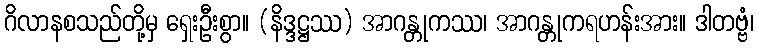
ဂိလာနစသည်တို့မှ ရှေးဦးစွာ။ (နိဒ္ဒဋ္ဌဿ) အာဂန္တုကဿ၊ အာဂန္တုကရဟန်းအား။ ဒါတဗ္ဗံ၊